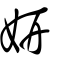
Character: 姸